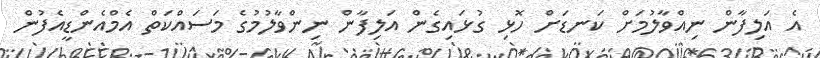
އެ އަލިފާން ނިއްވާލުމަށް ކަނޑަށް ހޮޅި ގުޅައިގެން އަލިފާން ނިންވާލުމުގެ މަސައްކަތް އެމްއެންޑީއެފުން